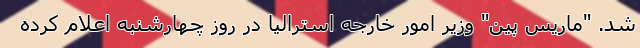
شد. "ماریس پین" وزیر امور خارجه استرالیا در روز چهارشنبه اعلام کرده